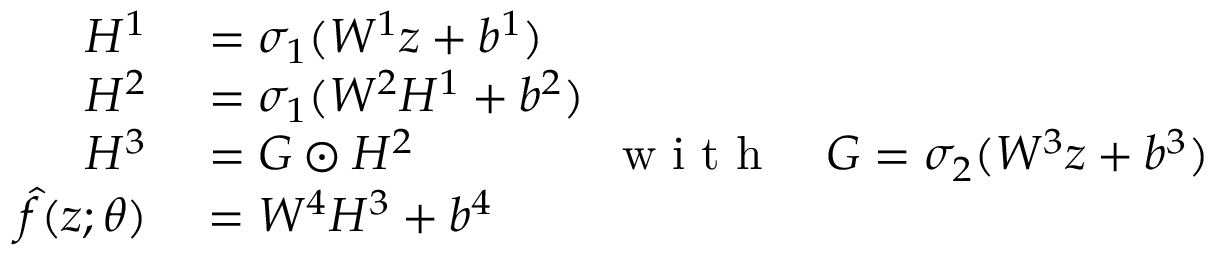
\begin{array} { r l } { H ^ { 1 } } & { { } = \sigma _ { 1 } ( W ^ { 1 } z + b ^ { 1 } ) } \\ { H ^ { 2 } } & { { } = \sigma _ { 1 } ( W ^ { 2 } H ^ { 1 } + b ^ { 2 } ) } \\ { H ^ { 3 } } & { { } = G \odot H ^ { 2 } \qquad \qquad \mathrm { ~ w ~ i ~ t ~ h ~ } \quad G = \sigma _ { 2 } ( W ^ { 3 } z + b ^ { 3 } ) } \\ { \hat { f } ( z ; { \theta } ) } & { { } = W ^ { 4 } H ^ { 3 } + b ^ { 4 } } \end{array}